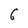
Character: C